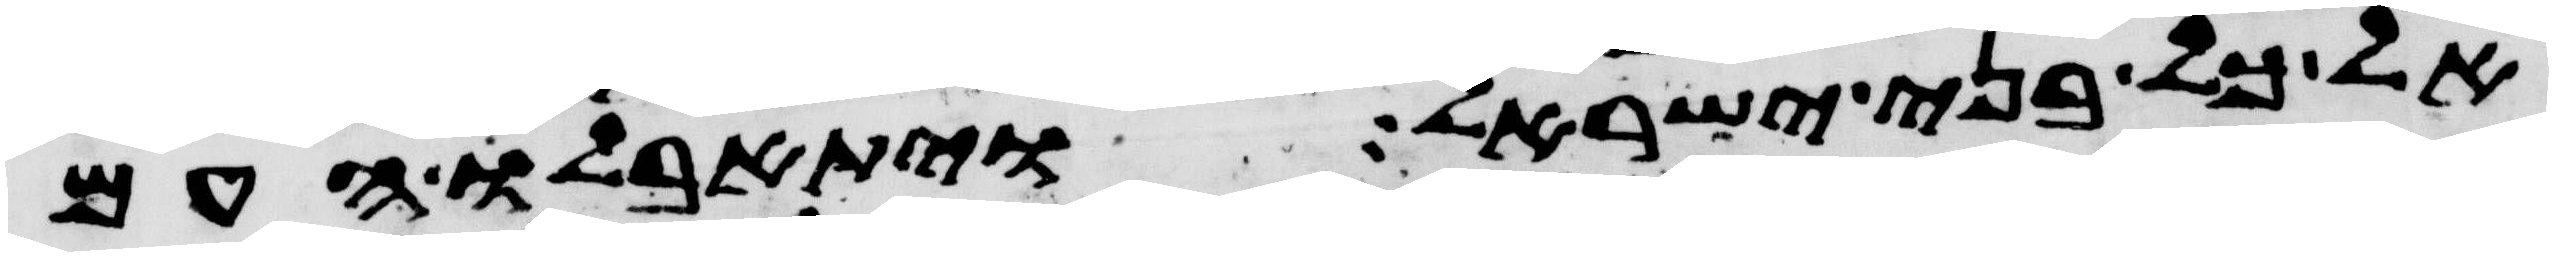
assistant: אל כל בני ישראל ויתאבלו העם